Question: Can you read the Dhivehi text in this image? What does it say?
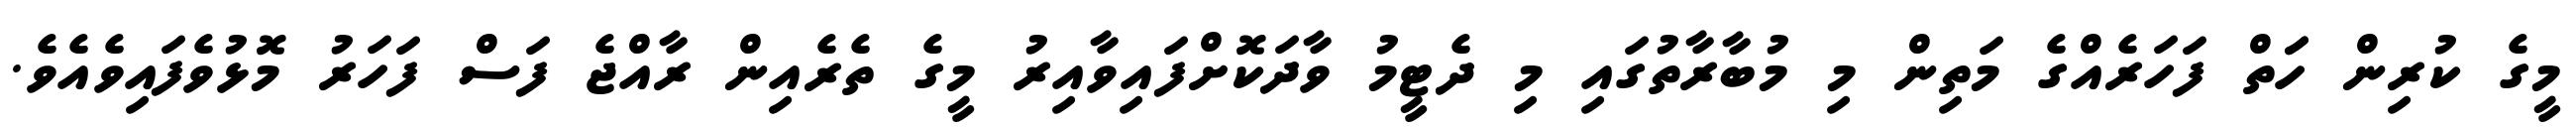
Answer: މީގެ ކުރިން ހަަތް ފަހަރެއްގެ މަތިން މި މުބާރާތުގައި މި ދެޓީމު ވާދަކޮށްފައިވާއިރު މީގެ ތެރެއިން ރާއްޖެ ފަސް ފަހަރު މޮޅުވެފައިވެއެވެ.